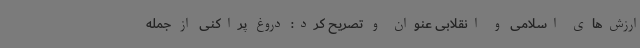
ارزش‌های اسلامی و انقلابی عنوان و تصریح کرد: دروغ پراکنی از جمله